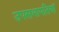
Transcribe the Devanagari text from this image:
उपसभापतियॉ